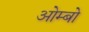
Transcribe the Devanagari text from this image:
ओम्बो